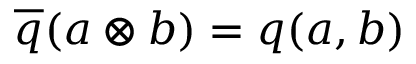
{ \overline { { q } } } ( a \otimes b ) = q ( a , b )